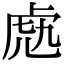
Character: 𧆬